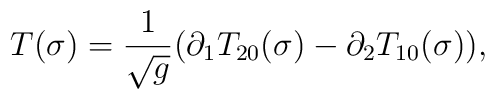
T(\sigma)=\frac{1}{\sqrt{g}}(\partial_1T_{20}(\sigma) - \partial_2T_{10}(\sigma)),